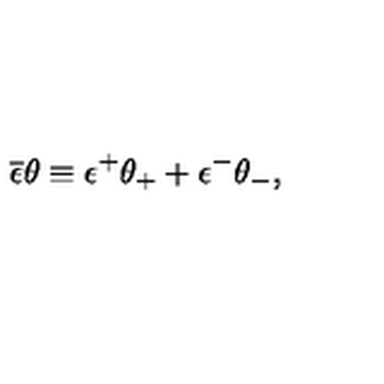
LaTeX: \overline { { \epsilon } } \theta \equiv \epsilon ^ { + } \theta _ { + } + \epsilon ^ { - } \theta _ { - } ,